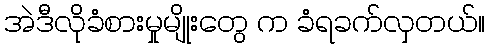
အဲဒီလိုခံစားမှုမျိုးတွေ က ခံရခက်လှတယ်။